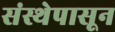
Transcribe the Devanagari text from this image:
संस्थेपासून